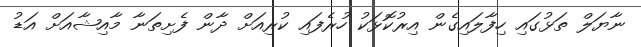
ނާޔަލް ތަޅުގައި ހިފާލައިގެން އިރުކޮޅަކު ހުރެފައި ކުރިއަށް ދާން ފެށިތަނާ މާއިޝާއަށް އަޑު